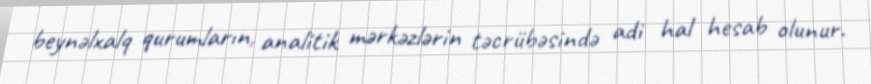
beynəlxalq qurumların, analitik mərkəzlərin təcrübəsində adi hal hesab olunur.